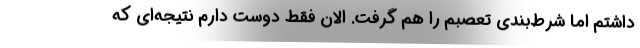
داشتم اما شرط‌بندی تعصبم را هم گرفت. الان فقط دوست دارم نتیجه‌ای که